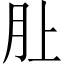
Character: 𪱚